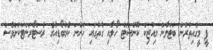
ޕީ މީގެއިތުރުން ބަޓަލާން މިއުޒިކް ކޮންސަޓް ހޯލާއި ގާތުގައި ހުންނަ ކެމްބޯޑިއާގެ ރެސްޓޯރަންޓަކަށްވެސް